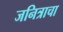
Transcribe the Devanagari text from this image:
जनित्राचा